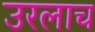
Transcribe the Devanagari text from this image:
उरलाच